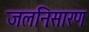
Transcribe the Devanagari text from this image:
जलनिःसारण